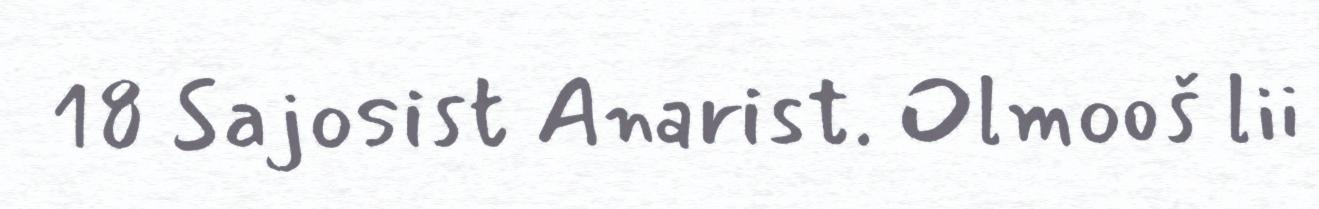
18 Sajosist Anarist. Olmooš lii